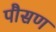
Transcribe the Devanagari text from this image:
पौसण